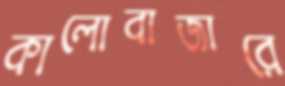
কালোবাজারে